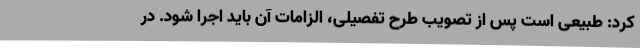
کرد: طبیعی است پس از تصویب طرح تفصیلی، الزامات آن باید اجرا شود. در